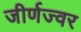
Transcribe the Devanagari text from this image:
जीर्णज्वर